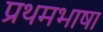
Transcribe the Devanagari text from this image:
प्रथमभाषा